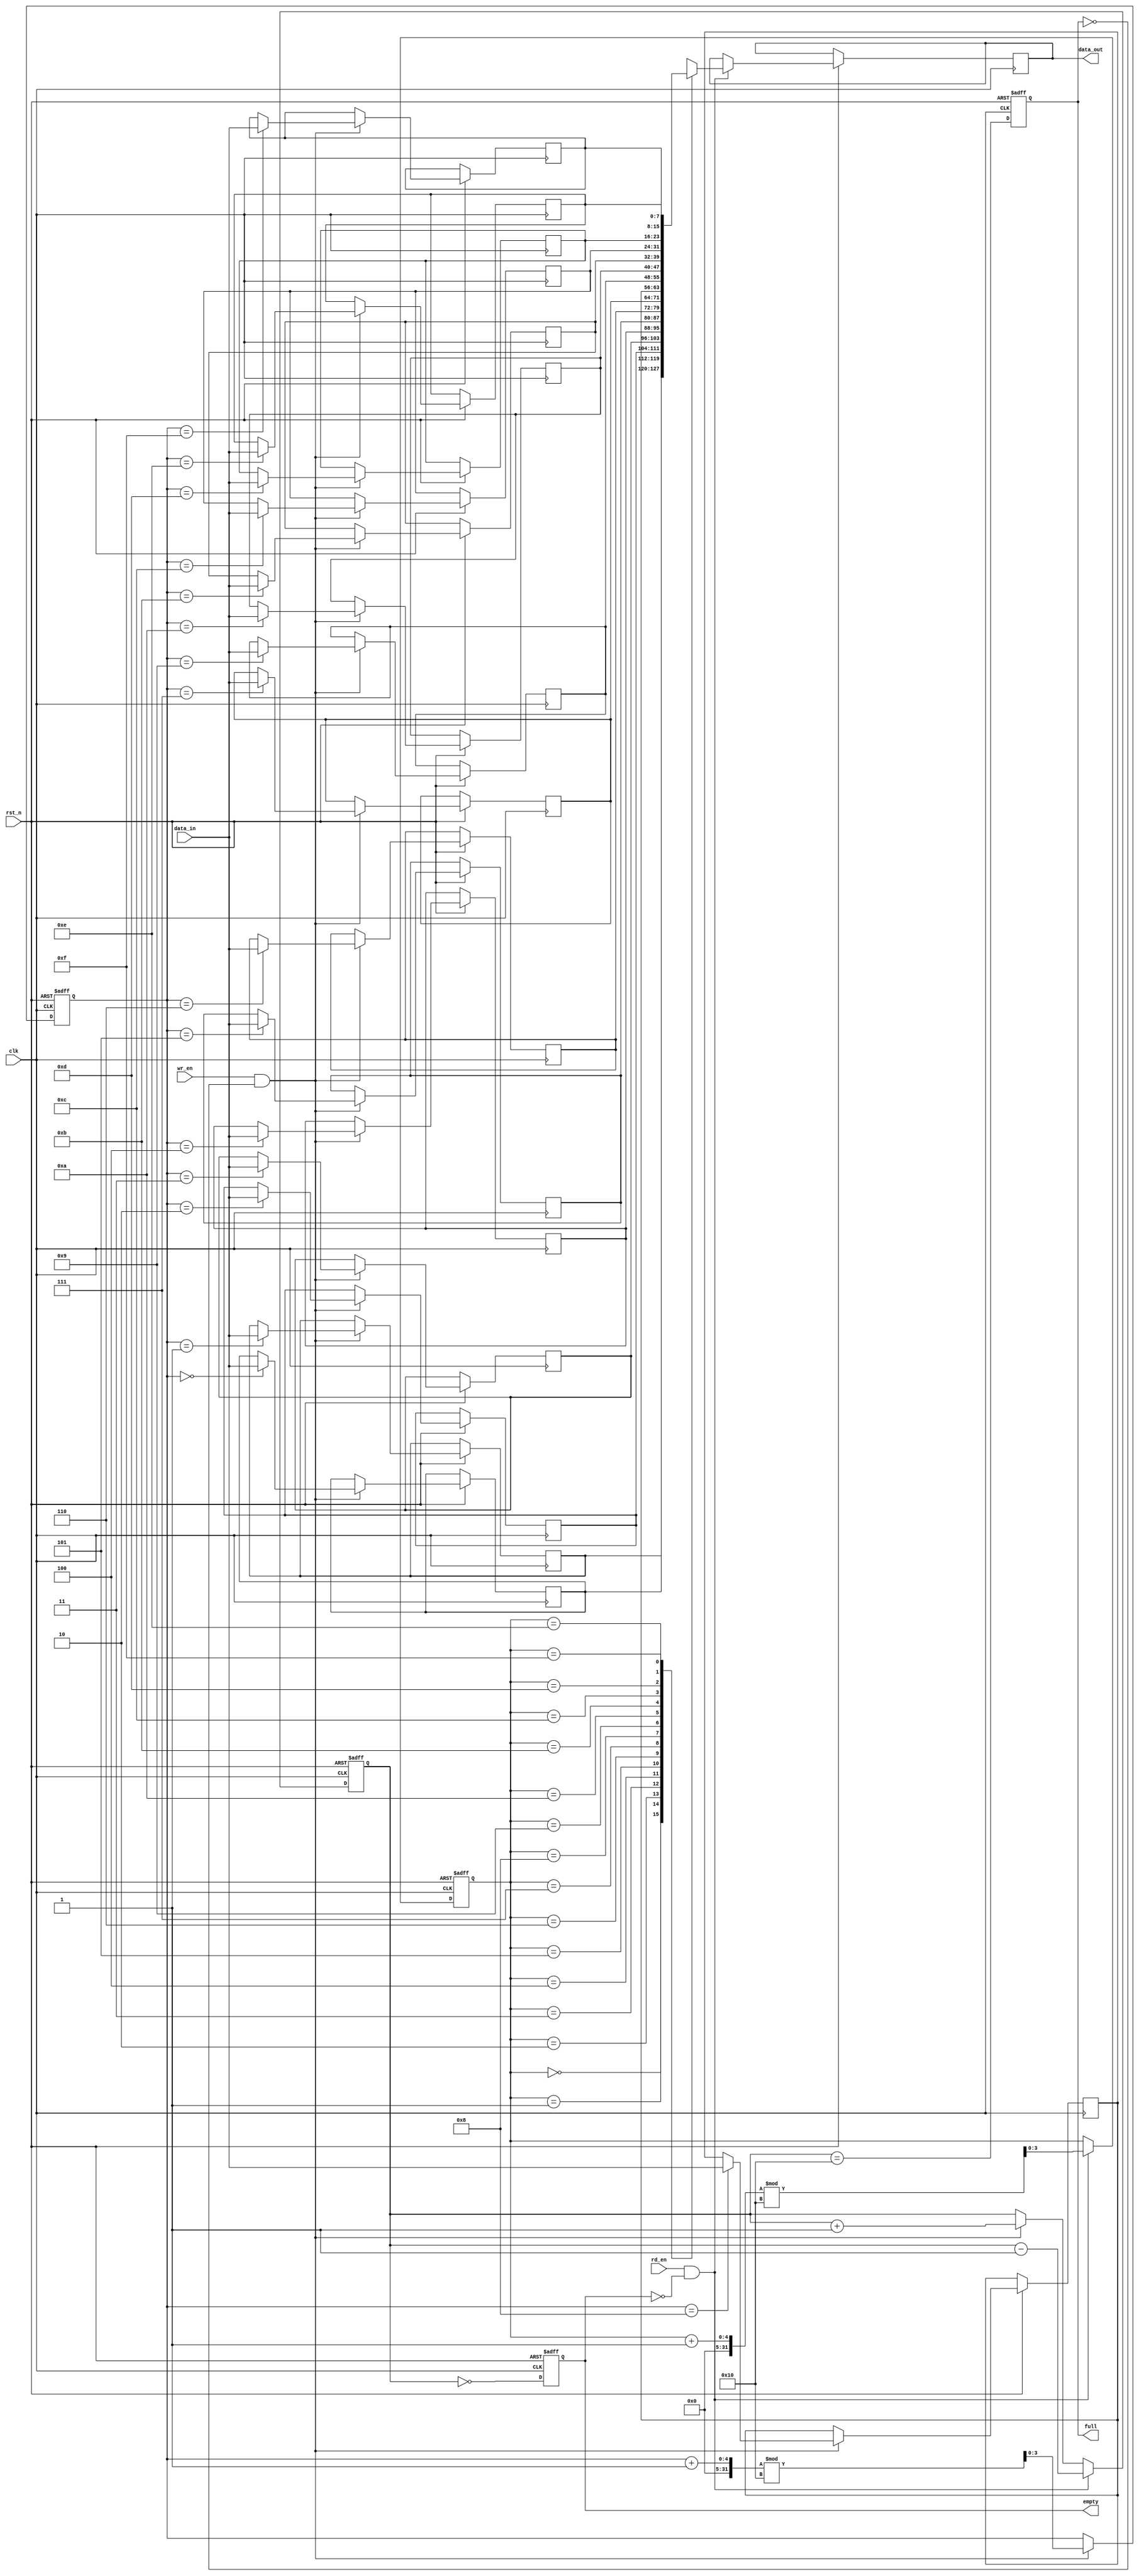
module fifo_sram #(
    parameter DEPTH = 16,  // Number of entries in the FIFO
    parameter WIDTH = 8    // Width of each entry in bits
)(
    input wire clk,                // Clock signal
    input wire rst_n,              // Asynchronous reset (active low)
    input wire wr_en,              // Write enable
    input wire rd_en,              // Read enable
    input wire [WIDTH-1:0] data_in, // Data input for writing
    output reg [WIDTH-1:0] data_out, // Data output for reading
    output reg full,               // FIFO full flag
    output reg empty               // FIFO empty flag
);

    // Memory array to store the data
    reg [WIDTH-1:0] mem [0:DEPTH-1];

    // Write and read pointers
    reg [clog2(DEPTH)-1:0] wr_ptr;
    reg [clog2(DEPTH)-1:0] rd_ptr;
    reg [clog2(DEPTH):0] count; // Count of items in the FIFO

    // Function to calculate log2
    function integer clog2;
        input integer value;
        begin
            clog2 = 0;
            while (2**clog2 < value) begin
                clog2 = clog2 + 1;
            end
        end
    endfunction

    // Asynchronous reset and control logic
    always @(posedge clk or negedge rst_n) begin
        if (!rst_n) begin
            wr_ptr <= 0;
            rd_ptr <= 0;
            count <= 0;
            full <= 0;
            empty <= 1;
        end else begin
            // Write operation
            if (wr_en && !full) begin
                mem[wr_ptr] <= data_in;
                wr_ptr <= (wr_ptr + 1) % DEPTH;
                count <= count + 1;
            end
            
            // Read operation
            if (rd_en && !empty) begin
                data_out <= mem[rd_ptr];
                rd_ptr <= (rd_ptr + 1) % DEPTH;
                count <= count - 1;
            end
            
            // Update full and empty flags
            full <= (count == DEPTH);
            empty <= (count == 0);
        end
    end

endmodule